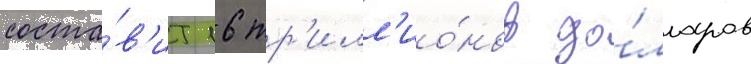
соста́в'ит 16 тр'илл'ио́нов до́лларов